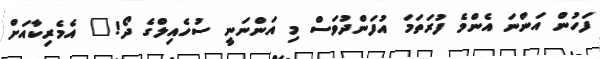
ފަހުން އަންނަ އެންމެ ފުރަތަމަ އުފަންދުވަސް މި އަންނަނީ ސުހެއިލްގެ ދޯ!" އެމެރިކާއަށް